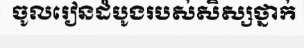
ចូលរៀនដំបូងរបស់សិស្សថ្នាក់